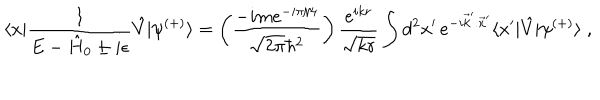
LaTeX: \langle x | \frac { 1 } { E - \hat { H } _ { 0 } \pm i \epsilon } \hat { V } | \psi ^ { ( + ) } \rangle = \left( \frac { - i m e ^ { - i \pi / 4 } } { \sqrt { 2 \pi } \hbar ^ { 2 } } \right) \frac { e ^ { i k r } } { \sqrt { k r } } \int d ^ { 2 } x ^ { \prime } \, e ^ { - i \vec { k } ^ { \prime } . \vec { x } ^ { \prime } } \langle x ^ { \prime } | \hat { V } | \psi ^ { ( + ) } \rangle \; ,